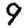
Digit: 9